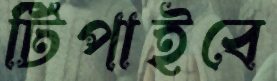
টিপাইবে